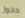
دخول